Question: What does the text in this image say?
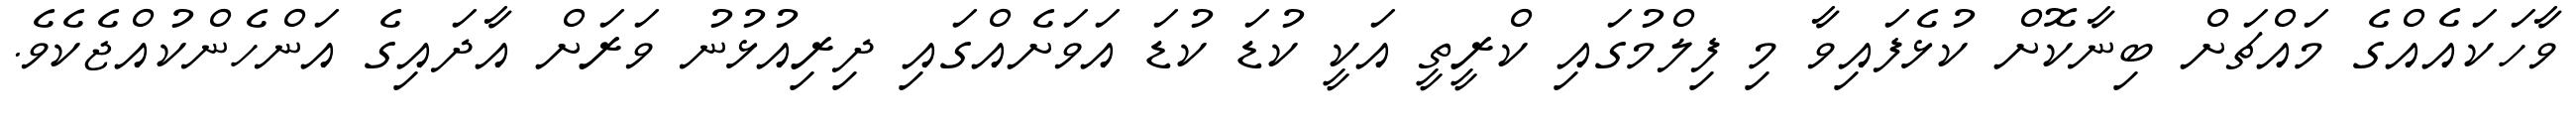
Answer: ވާހަކައެއްގެ މައްޗަށް ބިނާކޮށް ކުޅެފައިވާ މި ފިލްމުގައި ކްރީތީ އަކީ ކުޑަ ކުޑަ އަވަށެއްގައި ދިރިއުޅުނު ވަރަށް އާދައިގެ އަންހެންކުއްޖެކެވެ.